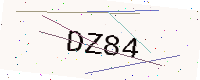
Text: DZ84